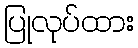
ပြုလုပ်ထား